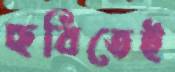
ছবিতেই